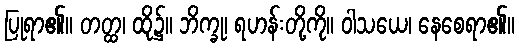
ပြုရာ၏။ တတ္ထ၊ ထို၌။ ဘိက္ခု၊ ရဟန်းတို့ကို။ ဝါသယေ၊ နေစေရာ၏။